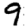
Digit: 9